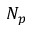
N _ { p }